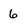
Character: 6